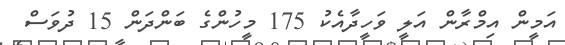
އަމީން އިމްރާން އަލީ ވަހީދާއެކު 175 މީހުންގެ ބަންދަން 15 ދުވަސް